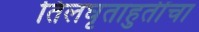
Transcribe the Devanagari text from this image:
तिलघृताहुतींचा